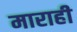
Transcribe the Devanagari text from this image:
माराही